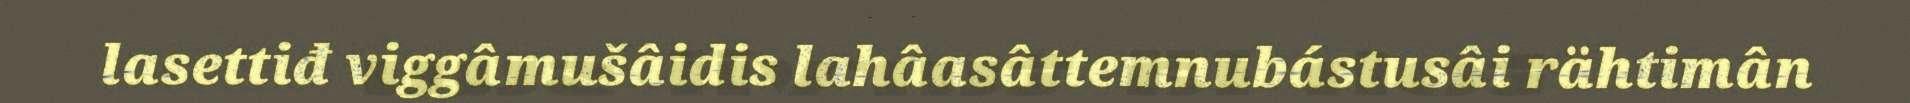
lasettiđ viggâmušâidis lahâasâttemnubástusâi rähtimân